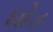
ઘોડ